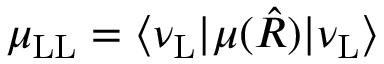
\mu _ { \mathrm { L } \mathrm { L } } = \langle \nu _ { \mathrm { L } } | \mu ( \hat { R } ) | \nu _ { \mathrm { L } } \rangle